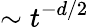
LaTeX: \sim t^{-d/2}